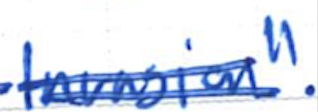
Text: Invasion".
Cross-out: double-line
Writing tool: ballpoint